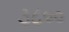
૩૮૦૦